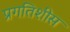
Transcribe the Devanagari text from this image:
प्रगतिशीस